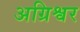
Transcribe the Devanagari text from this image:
अग्रिश्वर